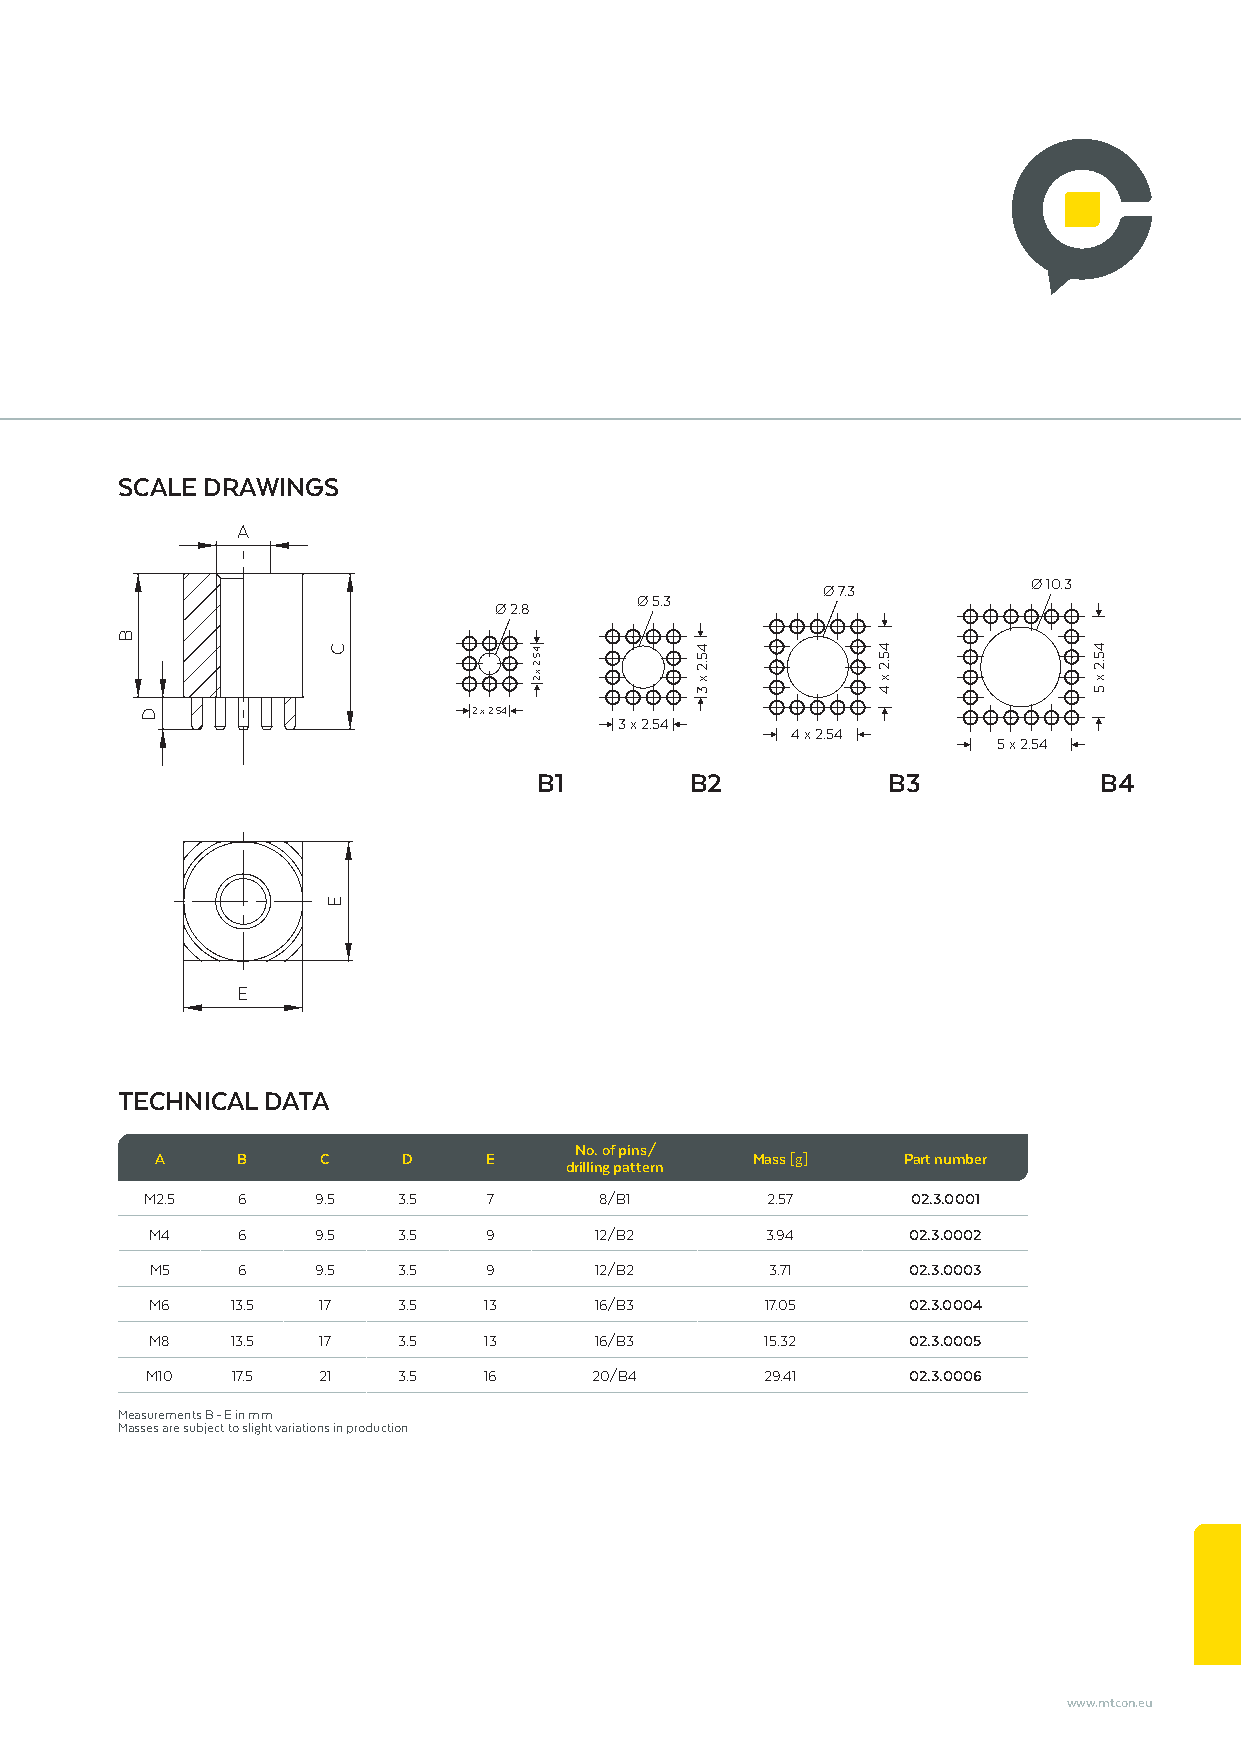
SCALE DRAWINGS
 A
 Ø 10.3
 Ø 7.3
 Ø 5.3
 Ø 2.8
 2 x 2.54
 3 x 2.54
 4 x 2.54
 5 x 2.54
 B1        B2           B3            B4
 E
 TECHNICAL DATA
 No. of pins/
 A     B    C     D    E                 Mass [g]  Part number
 drilling pattern
 M2.5  6    9.5  3.5   7       8/B1       2.57     02.3.0001
 M4    6    9.5  3.5   9      12/B2       3.94     02.3.0002
 M5    6    9.5  3.5   9      12/B2       3.71     02.3.0003
 M6   13.5  17   3.5   13     16/B3       17.05    02.3.0004
 M8   13.5  17   3.5   13     16/B3       15.32    02.3.0005
 M10  17.5  21   3.5   16     20/B4       29.41    02.3.0006
 Measurements B - E in mm
 Masses are subject to slight variations in production
 www.mtcon.eu
 B
 D
 C
 E
 45.2
 x 2
 45.2
 x
 3
 45.2
 x
 4
 45.2
 x
 5